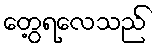
တွေ့ရလေသည်